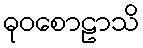
ဓုဝစောဠာသိ